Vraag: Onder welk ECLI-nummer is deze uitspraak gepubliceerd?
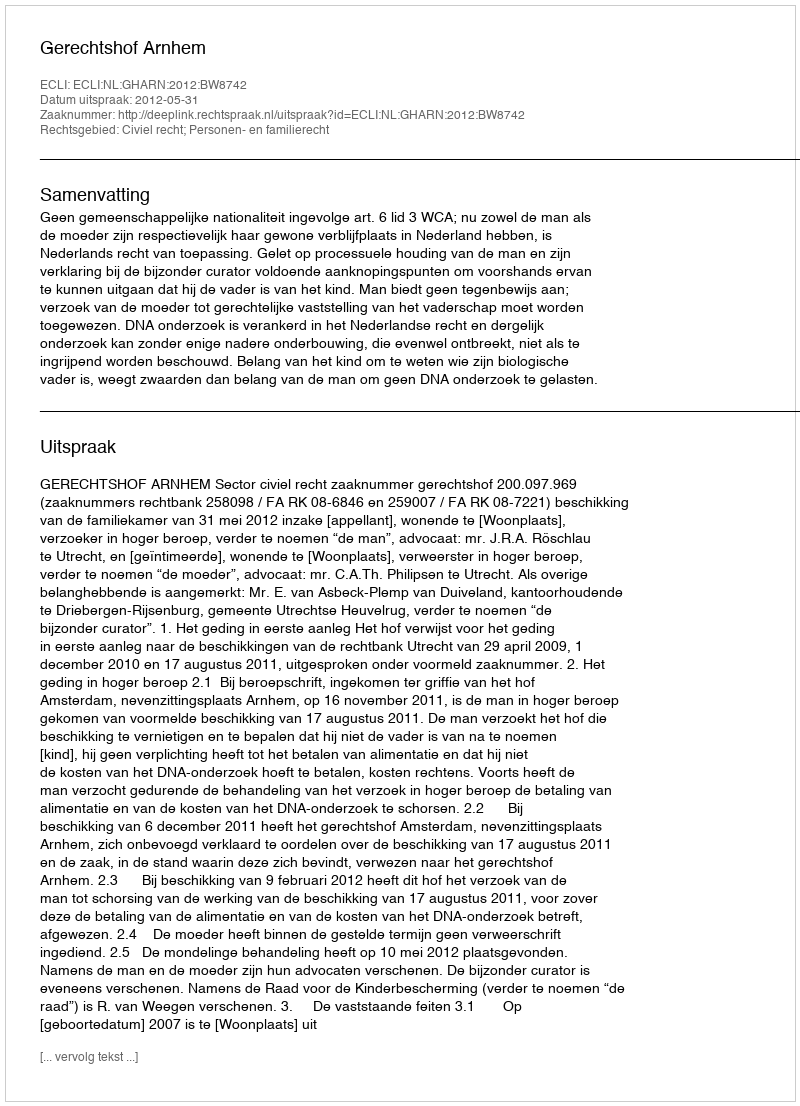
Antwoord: ECLI:NL:GHARN:2012:BW8742